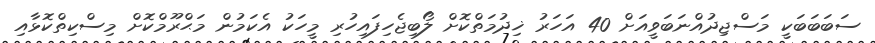
ސަބަބަބަކީ މަސްޖިދުއްނަބަވީއަށް 40 އަހަރު ޚިދުމަތްކޮށް ލޯބިޖެހިފައިހުރި މީހަކު އެކަމުން މަޙްރޫމްކޮށް މިސްކިތްކޮޅާއި